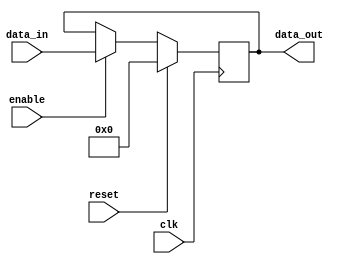
module variable_width_bypass_register (
    input wire clk,
    input wire reset,
    input wire [7:0] data_in,
    input wire enable,
    output reg [7:0] data_out
);

reg [7:0] reg_data;

always @ (posedge clk) begin
    if (reset) begin
        reg_data <= 8'b0;
    end else if (enable) begin
        reg_data <= data_in;
    end
end

assign data_out = reg_data;

endmodule